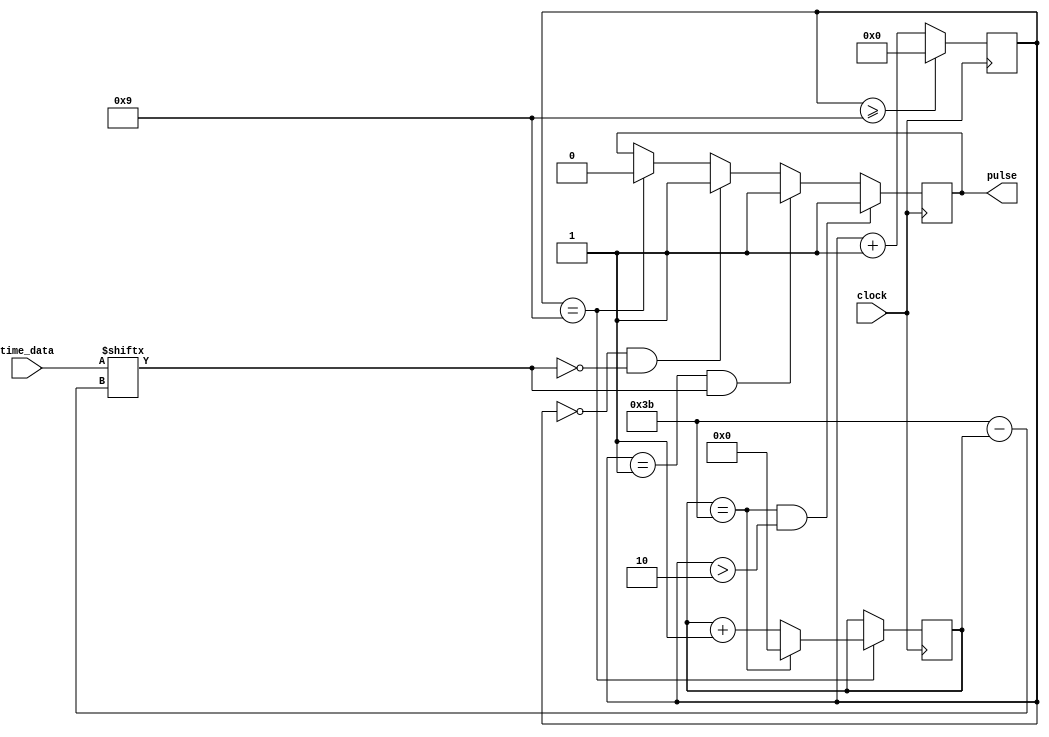

module dcf_pulses_gen
(
	input clock,
	input [58:0] time_data,

	output reg pulse = 1'b1
);


reg signal_high = 1'b1;
reg [3:0] second_tick = 4'b0;
reg [5:0] bit_position = 6'b0;


always @(posedge clock)
begin

		if (second_tick >= 9)
			second_tick <= 0;
		else
			second_tick <= second_tick + 1;


		if (second_tick == 9)
		begin
			if (bit_position == 59)
				bit_position <= 0;
			else
				bit_position <= bit_position+1;
		end


	if (bit_position == 59 && second_tick > 2)
		pulse <= 1;
	else
	begin

		if (second_tick == 9)
			pulse <= 0;

		if (second_tick == 0 && time_data[59-bit_position] == 0)
			pulse <= 1;

		if (second_tick == 1 && time_data[59-bit_position] == 1)
			pulse <= 1;
	end

end


endmodule